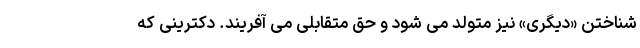
شناختن «دیگری» نیز متولد می شود و حق متقابلی می آفریند. دکترینی که